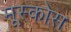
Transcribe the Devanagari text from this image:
मूस्कोस